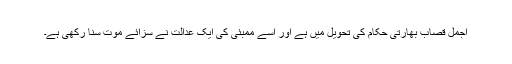
اجمل قصاب بھارتی حکام کی تحویل میں ہے اور اسے ممبئی کی ایک عدالت نے سزائے موت سنا رکھی ہے۔